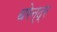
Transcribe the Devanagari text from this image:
धरेन्द्र